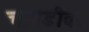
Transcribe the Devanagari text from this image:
चावडीवर